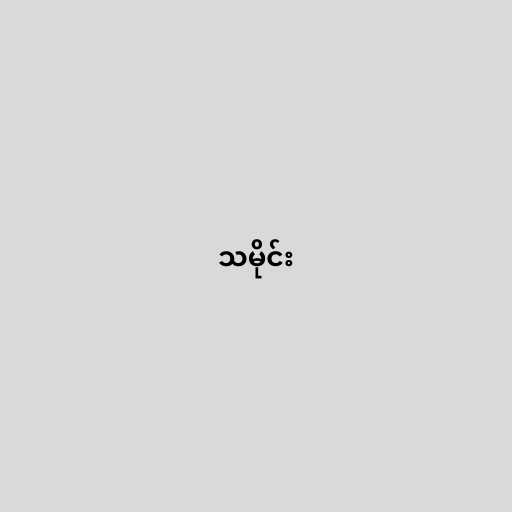
သမိုင်း